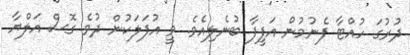
ދުރުގަ ހުއްޓާ ފެނުމުން އަފީފާ ބުނެލިއެވެ. ވީ އުފަލަކުން ދުވެ ގޮސް އަލްޔާ